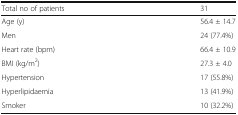
<table><thead><tr><td><b>Total no of patients</b></td><td><b>31</b></td></tr></thead><tbody><tr><td>Age (y)</td><td>56.4 ± 14.7</td></tr><tr><td>Men</td><td>24 (77.4%)</td></tr><tr><td>Heart rate (bpm)</td><td>66.4 ± 10.9</td></tr><tr><td>BMI (kg/m<sup>2</sup>)</td><td>27.3 ± 4.0</td></tr><tr><td>Hypertension</td><td>17 (55.8%)</td></tr><tr><td>Hyperlipidaemia</td><td>13 (41.9%)</td></tr><tr><td>Smoker</td><td>10 (32.2%)</td></tr></tbody></table>